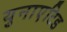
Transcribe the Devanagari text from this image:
युनाएटिड